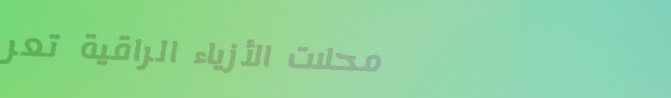
محلات الأزياء الراقية تعر